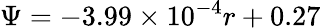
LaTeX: \Psi=-3.99\times 10^{-4}r+0.27